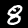
Label: 8